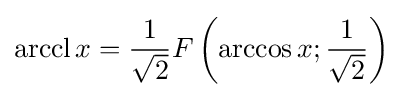
\operatorname {arccl} x={\frac {1}{\sqrt {2}}}F\left(\arccos x;{\frac {1}{\sqrt {2}}}\right)